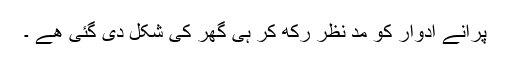
پرانے ادوار کو مدِ نظر رکھ کر ہی گھر کی شکل دی گئی ھے ۔